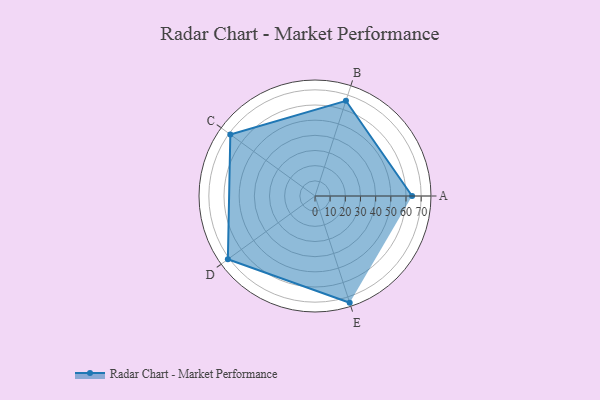
{"axis": {"x": "Skill", "y": "Score"}, "legend": ["Profile"], "data": [{"x": "A", "y": 64.0, "type": "Profile"}, {"x": "B", "y": 66.0, "type": "Profile"}, {"x": "C", "y": 69.0, "type": "Profile"}, {"x": "D", "y": 71.0, "type": "Profile"}, {"x": "E", "y": 74.0, "type": "Profile"}]}